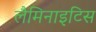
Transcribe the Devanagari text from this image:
लैमिनाइटिस